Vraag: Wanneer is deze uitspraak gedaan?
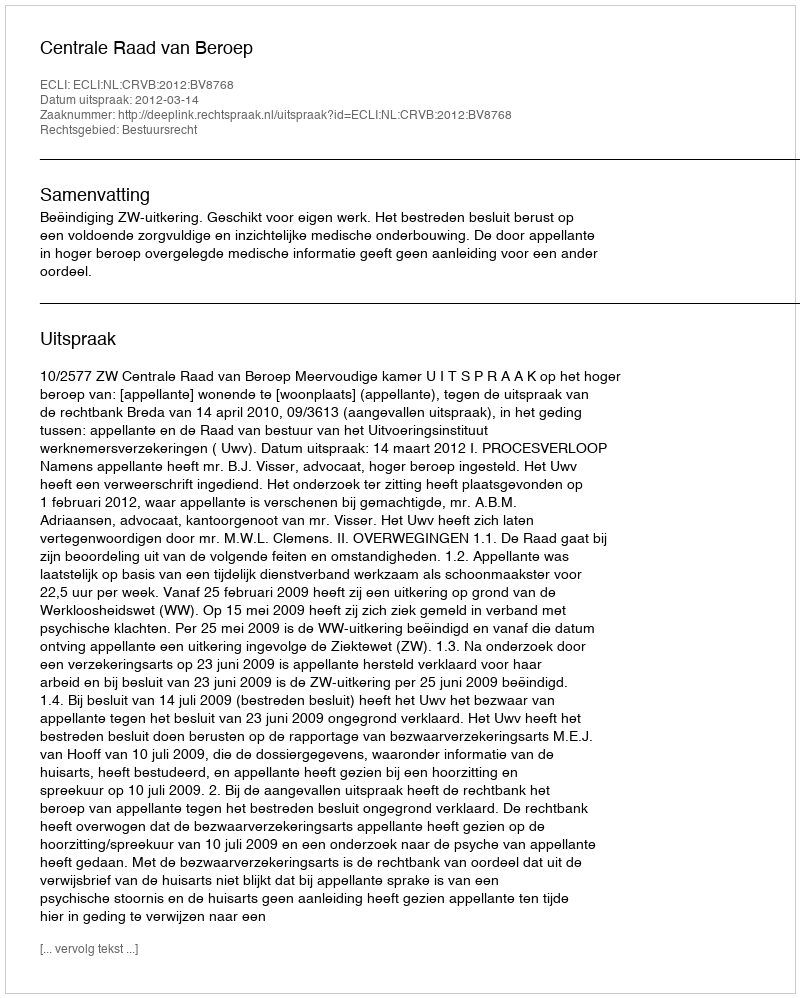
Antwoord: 2012-03-14